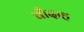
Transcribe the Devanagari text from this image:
चौदाह